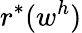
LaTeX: r^{*}(w^{h})